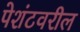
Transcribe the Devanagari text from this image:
पेशंटवरील